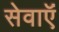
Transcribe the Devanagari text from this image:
सेवाऍं